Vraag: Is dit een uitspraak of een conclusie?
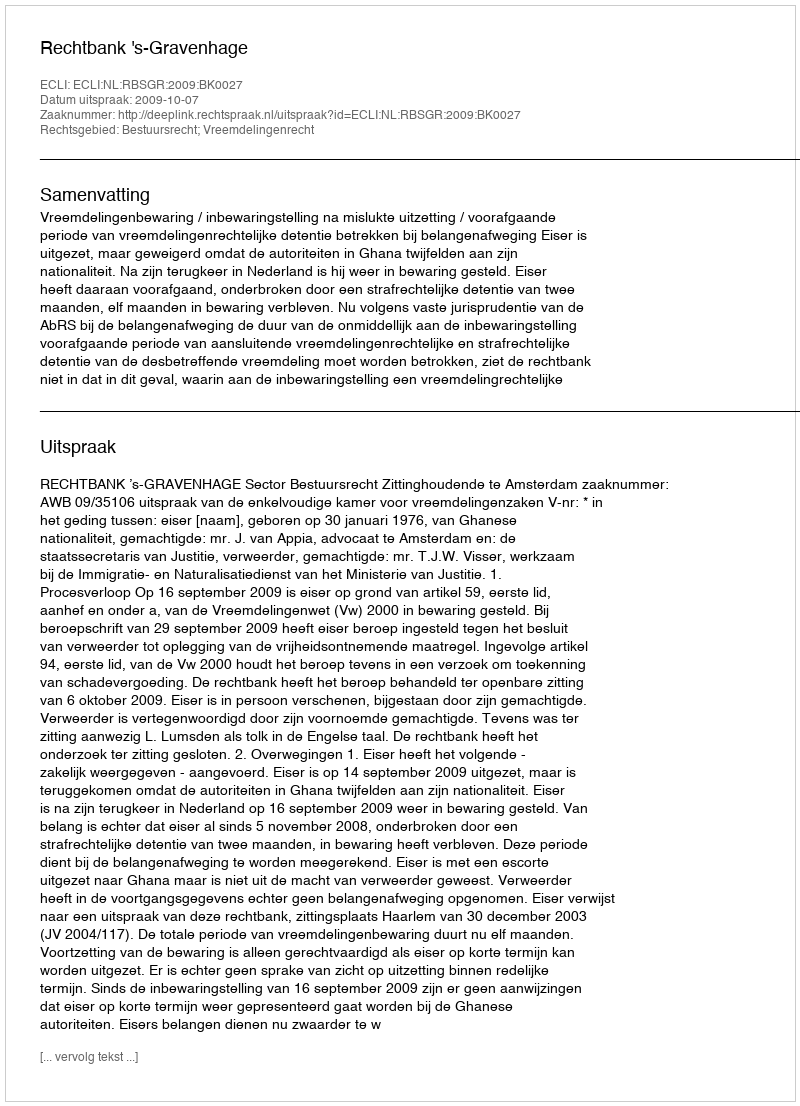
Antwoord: Uitspraak